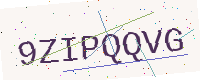
Text: 9ZIPQQVG